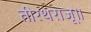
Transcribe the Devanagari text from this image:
तीरथराजू॥